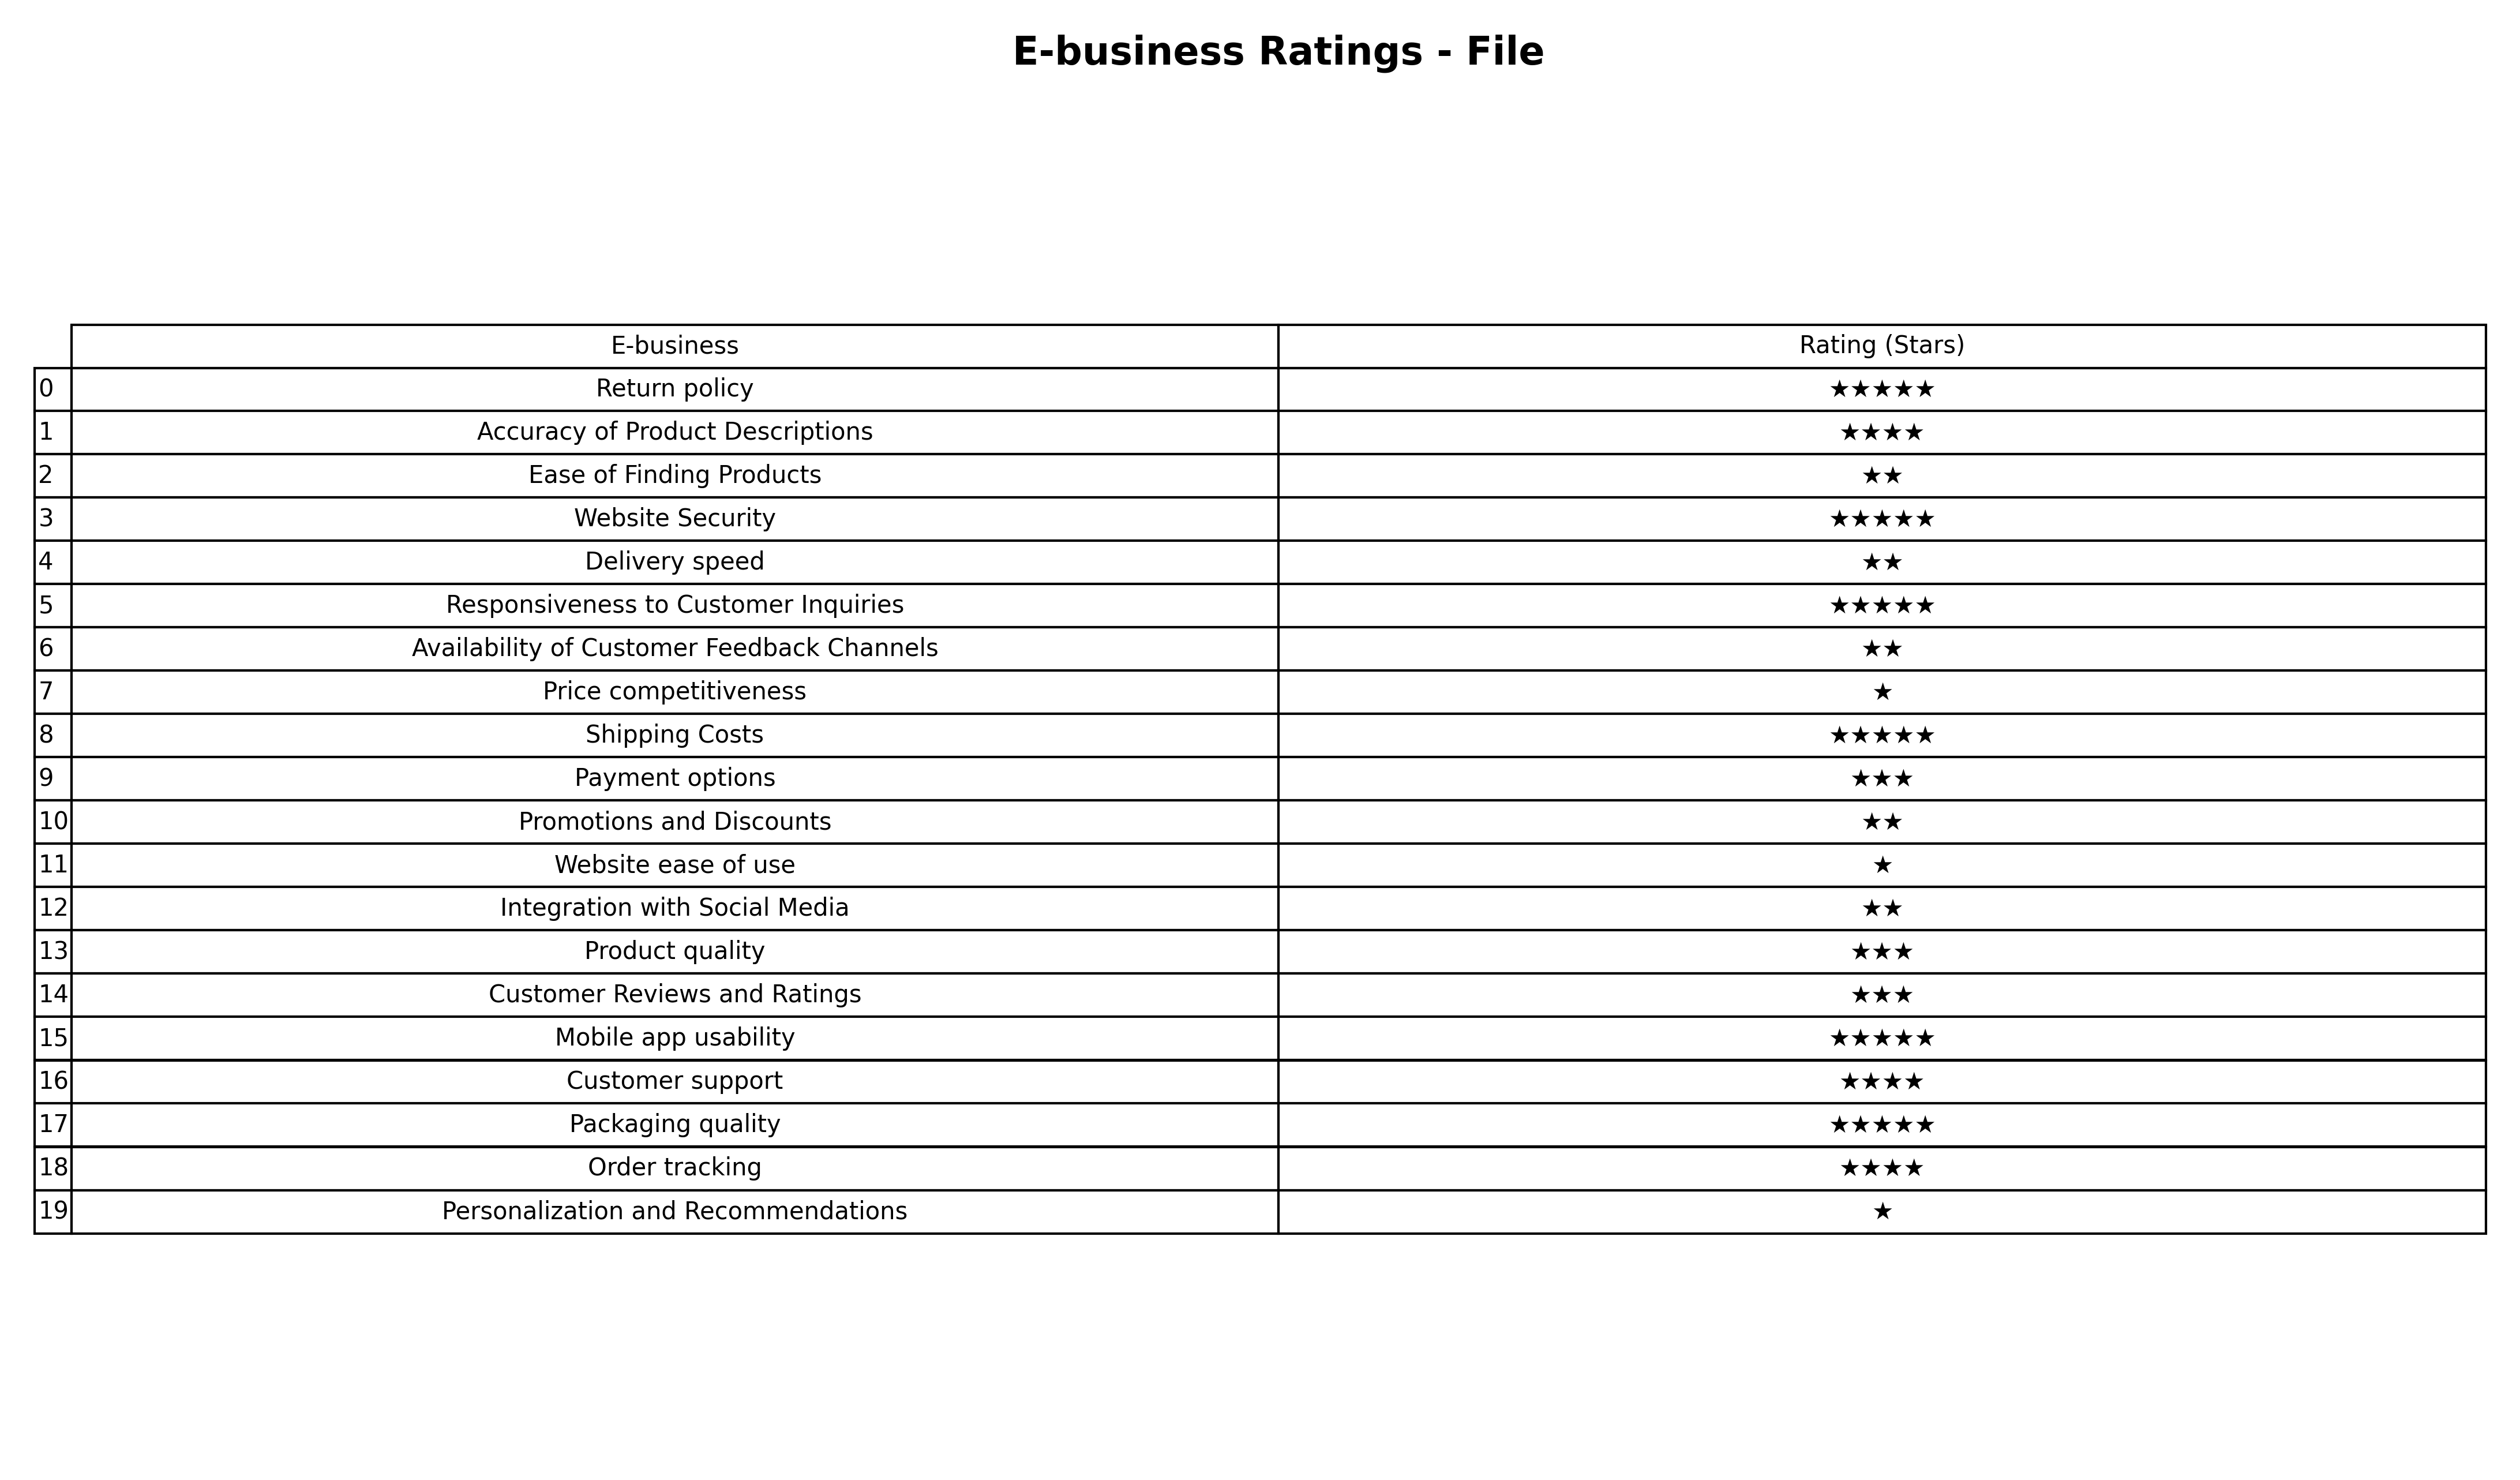
question: What are highest rating services?
answer: Return policyWebsite SecurityResponsiveness to Customer InquiriesShipping CostsMobile app usabilityPackaging quality